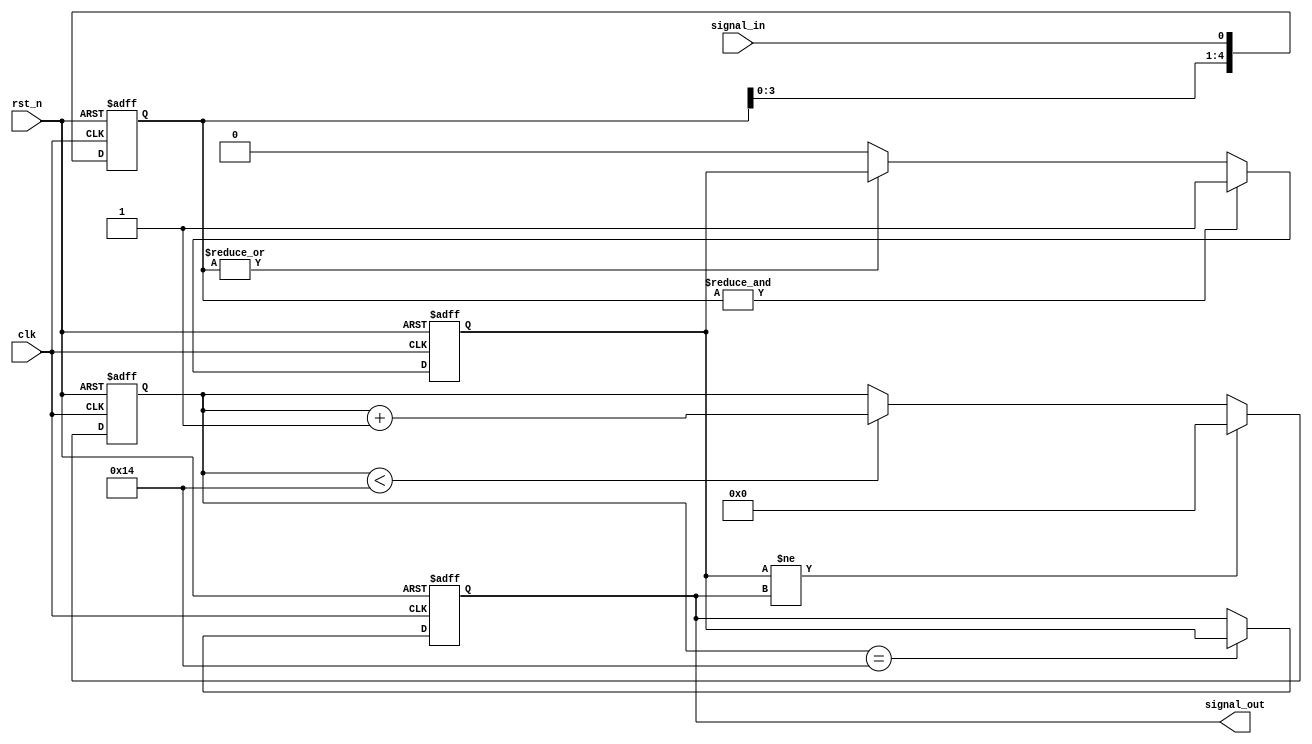
module DebouncedEdgeDetector (
    input wire clk,           // Clock input
    input wire rst_n,        // Active low reset
    input wire signal_in,     // Input signal to debounce
    output reg signal_out     // Debounced output signal
);

    // Parameters
    parameter DEBOUNCE_TIME = 20; // Number of clock cycles for debouncing
    parameter MEMORY_DEPTH = 5;     // Number of memory blocks (flip-flops)

    // Internal signals
    reg [MEMORY_DEPTH-1:0] signal_history; // Memory to store past states
    reg [4:0] debounce_counter;            // Counter for debounce timing
    reg stable_signal;                     // Indicates stable signal state

    // State machine for edge detection
    always @(posedge clk or negedge rst_n) begin
        if (!rst_n) begin
            signal_history <= 0;
            signal_out <= 0;
            debounce_counter <= 0;
            stable_signal <= 0;
        end else begin
            // Shift the signal history
            signal_history <= {signal_history[MEMORY_DEPTH-2:0], signal_in};

            // Check if the last MEMORY_DEPTH states are the same
            if (&signal_history) begin // All bits are 1
                stable_signal <= 1;
            end else if (~|signal_history) begin // All bits are 0
                stable_signal <= 0;
            end

            // Debounce logic
            if (stable_signal != signal_out) begin
                debounce_counter <= 0; // Reset counter on state change
            end else if (debounce_counter < DEBOUNCE_TIME) begin
                debounce_counter <= debounce_counter + 1; // Increment counter
            end

            // Update output if debounce time has elapsed
            if (debounce_counter == DEBOUNCE_TIME) begin
                signal_out <= stable_signal; // Update output to stable state
            end
        end
    end

endmodule